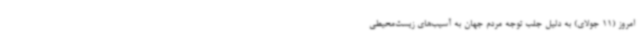
امروز (11 جولای) به دلیل جلب توجه مردم جهان به آسیب‌های زیست‌محیطی